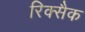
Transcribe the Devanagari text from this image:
रिक्सैक